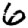
Digit: 6